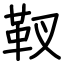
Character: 靫